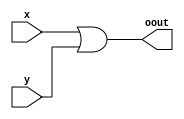
// ============================================================
//   Ver  :| Authors					               :| Mod. Date :|
//   V1.1 :| Andrew Zhu and Kurt Sprague			:| 3/4/2018  :|
// ============================================================

//assign statement doing the bitwise or of the input
module oOR(x,y, oout);
	input [3:0] x;
	input [3:0] y;
	output [3:0] oout;
	
	assign oout = x|y;
	
endmodule